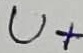
Text: U+